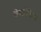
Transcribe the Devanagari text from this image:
प्रोस्टाग्लैंडिन्स